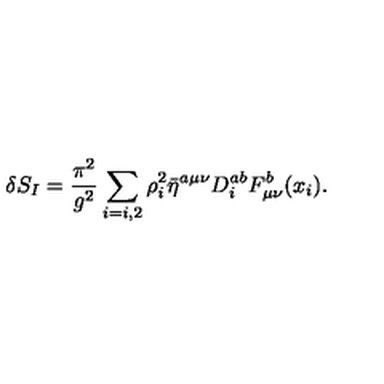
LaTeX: \delta S _ { I } = \frac { \pi ^ { 2 } } { g ^ { 2 } } \sum _ { i = i , 2 } \rho _ { i } ^ { 2 } \bar { \eta } ^ { a \mu \nu } D _ { i } ^ { a b } F _ { \mu \nu } ^ { b } ( x _ { i } ) .